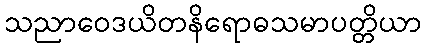
သညာဝေဒယိတနိရောဓသမာပတ္တိယာ